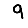
Digit: 9